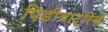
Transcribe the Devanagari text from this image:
पिडीयाट्रिक